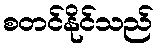
စတင်နိုင်သည်